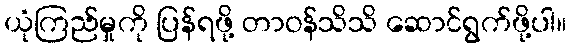
ယုံကြည်မှုကို ပြန်ရဖို့ တာဝန်သိသိ ဆောင်ရွက်ဖို့ပါ။